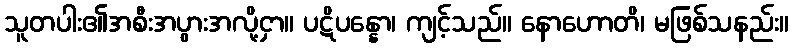
သူတပါး၏အစီးအပွားအလို့ငှာ။ ပဋိပန္နော၊ ကျင့်သည်။ နောဟောတိ၊ မဖြစ်သနည်း။